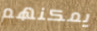
يمكنهم